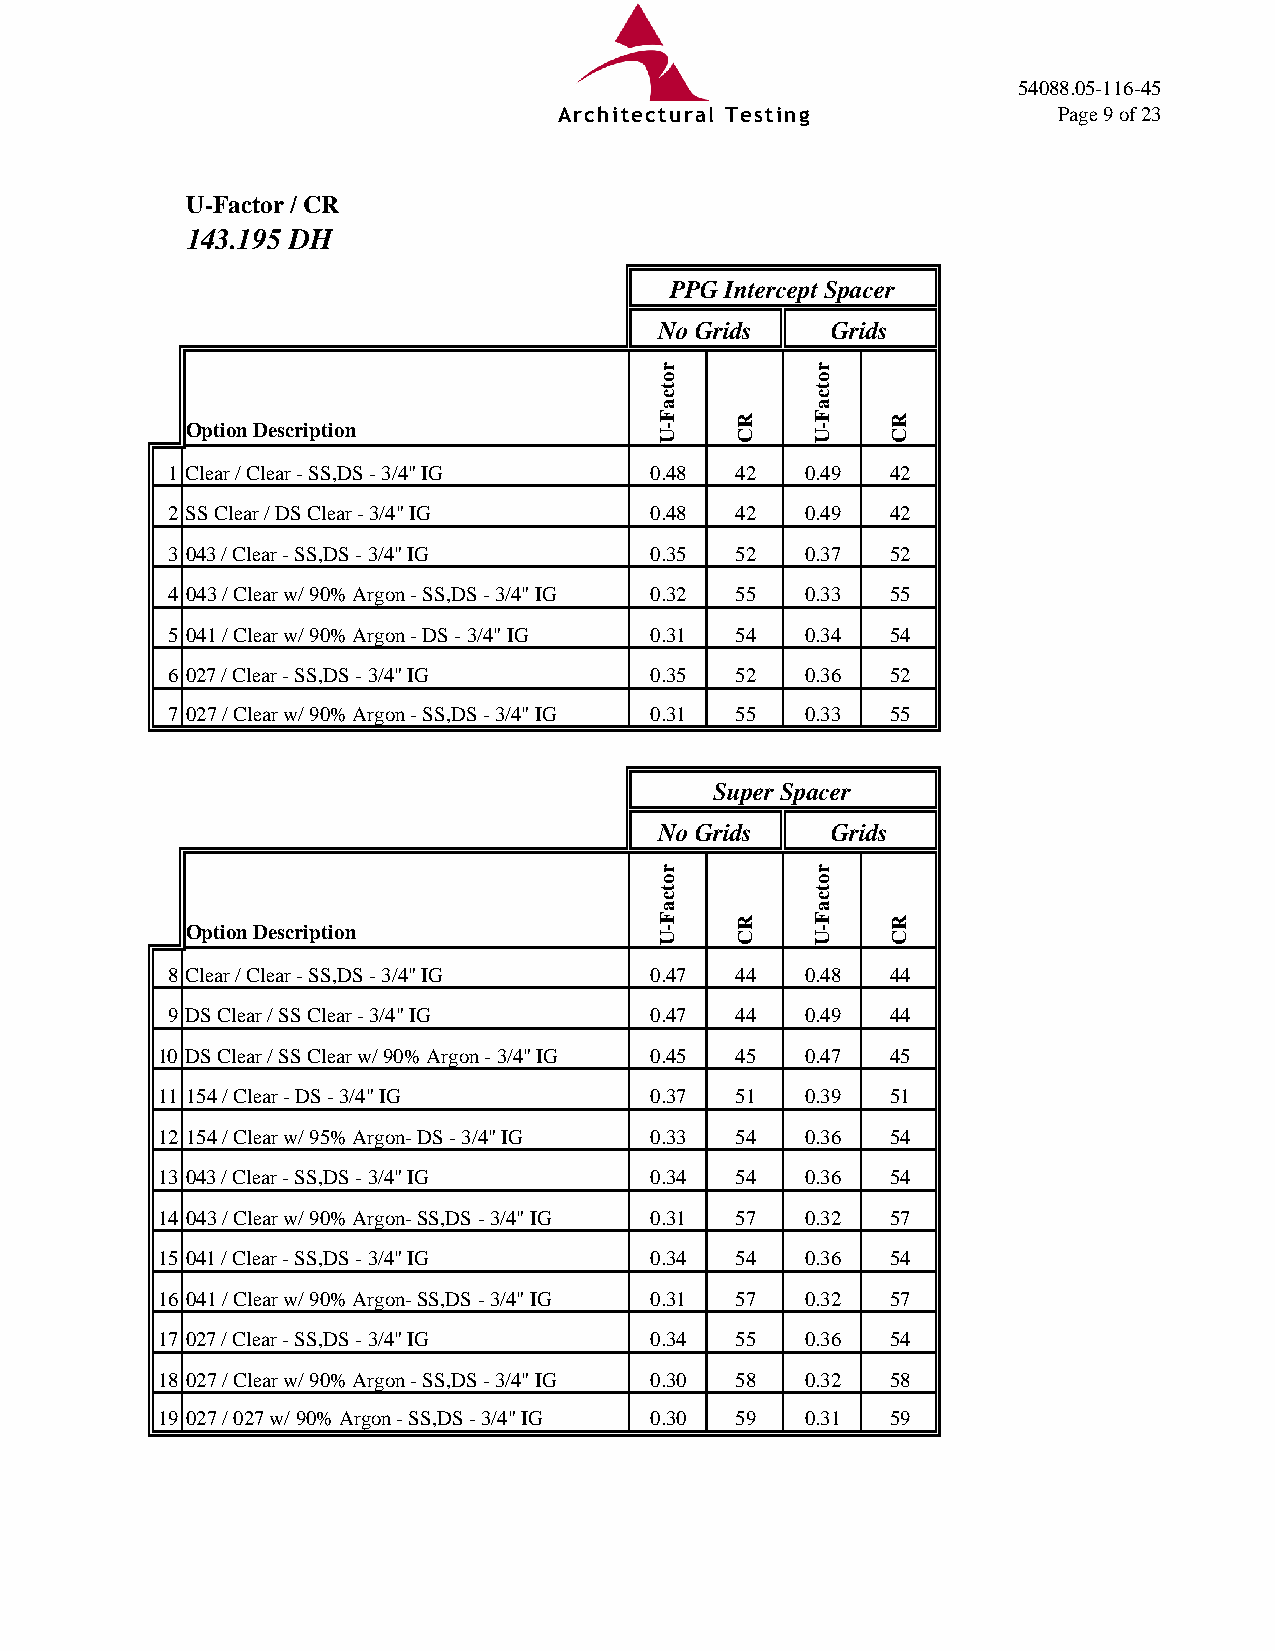
54088.05-116-45
 Architectural Testing            Page 9 of 23
 U-Factor / CR
 143.195 DH
 PPG Intercept Spacer
 No Grids   Grids
 Option Description
 1 Clear / Clear - SS,DS - 3/4" IG 0.48 42 0.49  42
 2 SS Clear / DS Clear - 3/4" IG 0.48  42  0.49  42
 3 043 / Clear - SS,DS - 3/4" IG 0.35  52  0.37  52
 4 043 / Clear w/ 90% Argon - SS,DS - 3/4" IG 0.32 55 0.33 55
 5 041 / Clear w/ 90% Argon - DS - 3/4" IG 0.31 54 0.34 54
 6 027 / Clear - SS,DS - 3/4" IG 0.35  52  0.36  52
 7 027 / Clear w/ 90% Argon - SS,DS - 3/4" IG 0.31 55 0.33 55
 Super Spacer
 No Grids   Grids
 Option Description
 8 Clear / Clear - SS,DS - 3/4" IG 0.47 44 0.48  44
 9 DS Clear / SS Clear - 3/4" IG 0.47  44  0.49  44
 10 DS Clear / SS Clear w/ 90% Argon - 3/4" IG 0.45 45 0.47 45
 11 154 / Clear - DS - 3/4" IG    0.37  51  0.39  51
 12 154 / Clear w/ 95% Argon- DS - 3/4" IG 0.33 54 0.36 54
 13 043 / Clear - SS,DS - 3/4" IG 0.34  54  0.36  54
 14 043 / Clear w/ 90% Argon- SS,DS - 3/4" IG 0.31 57 0.32 57
 15 041 / Clear - SS,DS - 3/4" IG 0.34  54  0.36  54
 16 041 / Clear w/ 90% Argon- SS,DS - 3/4" IG 0.31 57 0.32 57
 17 027 / Clear - SS,DS - 3/4" IG 0.34  55  0.36  54
 18 027 / Clear w/ 90% Argon - SS,DS - 3/4" IG 0.30 58 0.32 58
 19 027 / 027 w/ 90% Argon - SS,DS - 3/4" IG 0.30 59 0.31 59
 rotcaF-U
 rotcaF-U
 RC
 RC
 rotcaF-U
 rotcaF-U
 RC
 RC